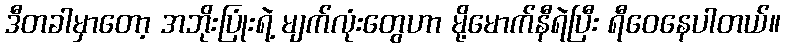
ဒီတခါမှာတော့ အဘိုးပြုံးရဲ့ မျက်လုံးတွေဟာ မို့မောက်နီရဲပြီး ရီဝေနေပါတယ်။